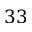
3 3